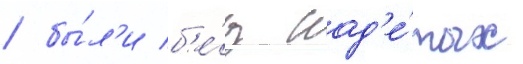
/ бы́л'и б'е́з над'е́тых